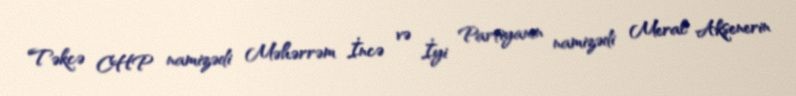
Təkcə CHP namizədi Məhərrəm İncə və İyi Partiyanın namizədi Meral Akşenerin